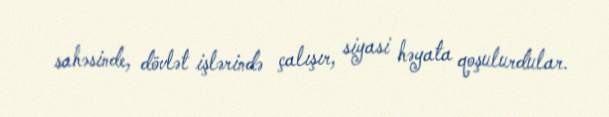
sahəsinde, dövlət işlərində çalışır, siyasi həyata qoşulurdular.